Scottish Leaving Certificate Examination, 1961
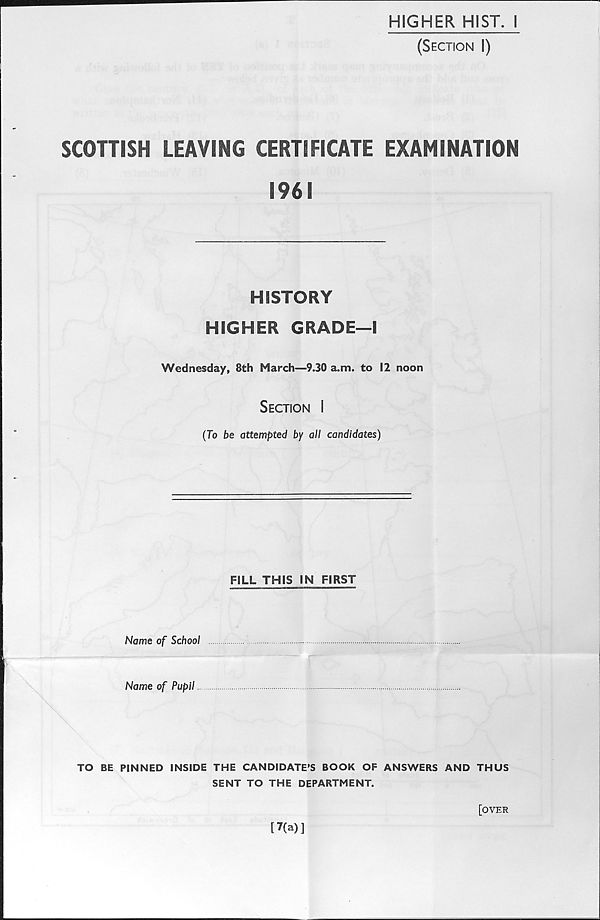
HIGHER HIST. 1
(Section I)
SCOHISH LEAVING CERTIFICATE EXAMINATION
1961
HISTORY
HIGHER GRADE—I
Wednesday, 8th March—9.30 a.m. to 12 noon
Section I
(To be attempted by all candidates)
FILL THIS IN FIRST
Name of School
Name of Pupil
TO BE PINNED INSIDE THE CANDIDATE’S BOOK OF ANSWERS AND THUS
SENT TO THE DEPARTMENT.
[7(a)]
[OVER